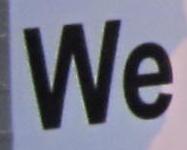
we